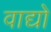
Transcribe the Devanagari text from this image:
वाद्यो